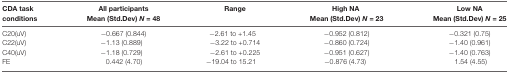
<table><thead><tr><td><b>CDA task conditions</b></td><td><b>All participantsMean (Std.Dev) <i>N</i> = 48</b></td><td><b>Range</b></td><td><b>High NAMean (Std.Dev) <i>N</i> = 23</b></td><td><b>Low NAMean (Std.Dev) <i>N</i> = 25</b></td></tr></thead><tbody><tr><td>C20(uV)</td><td>−0.667 (0.844)</td><td>−2.61 to +1.45</td><td>−0.952 (0.812)</td><td>−0.321 (0.75)</td></tr><tr><td>C22(uV)</td><td>−1.13 (0.889)</td><td>−3.22 to +0.714</td><td>−0.860 (0.724)</td><td>−1.40 (0.961)</td></tr><tr><td>C40(uV)</td><td>−1.18 (0.729)</td><td>−2.61 to +0.225</td><td>−0.951 (0.627)</td><td>−1.40 (0.763)</td></tr><tr><td>FE</td><td>0.442 (4.70)</td><td>−19.04 to 15.21</td><td>−0.876 (4.73)</td><td>1.54 (4.55)</td></tr></tbody></table>